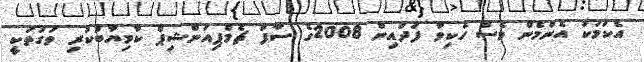
އެކަމަކު އެންމެން ވެސް ހެކިވާ ފަދައިން 2008ގެ ސާފް ޗެމްޕިއަންޝިޕް ކާމިޔާބުކުރި ވަގުތަކީ